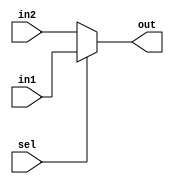
module mux_behav2(out, in1,in2,sel );  //you list all inputs and outputs, by convention outputs go first
output out;                          // this tells the compile which lines are inputs and outputs 
input in1,in2,sel;

assign out=sel ? in1: in2;
endmodule